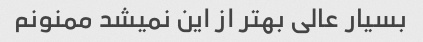
بسیار عالی بهتر از این نمیشد ممنونم